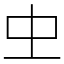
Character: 𠀐